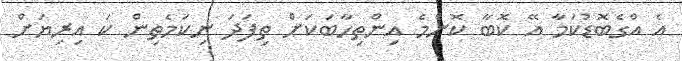
އެ އްގެބޮޑުކަމާ އޭ ކޮބާ ކޮންމެ އިންތިހާބަކަށް ތިފަދަ ނިކަމެތިން ކަ އިރިޔަށް